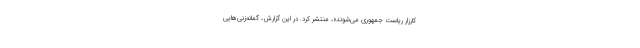
کارزار ریاست جمهوری می‌شوند»، منتشر کرد. در این گزارش، گمانه‌زنی‌هایی